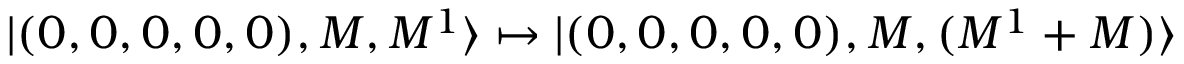
| ( 0 , 0 , 0 , 0 , 0 ) , M , M ^ { 1 } \rangle \mapsto | ( 0 , 0 , 0 , 0 , 0 ) , M , ( M ^ { 1 } + M ) \rangle